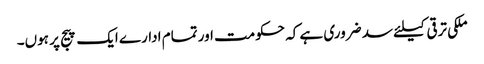
ملکی ترقی کیلئے سد ضروری ہے کہ حکومت اور تمام ادارے ایک پیج پر ہوں۔